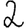
Digit: 2